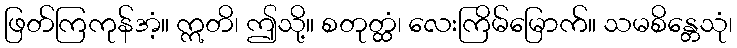
ဖြတ်ကြကုန်အံ့။ ဣတိ၊ ဤသို့။ စတုတ္ထံ၊ လေးကြိမ်မြောက်။ သမစိန္တေသုံ၊